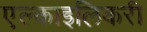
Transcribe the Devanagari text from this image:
एल्काइलिकरी